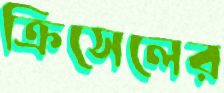
ক্রিসেলের